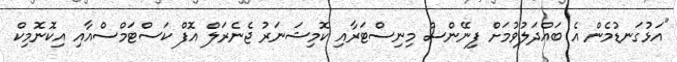
"އަޅުގަނޑުމެން އެ ބައްދަލުވުމަށް ފިނޭންސް މިނިސްޓަރާއި ކޮމިޝަނަރު ޖެނެރަލް އޮފް ކަސްޓަމްސްއާއި އިކޮނޮމިކް